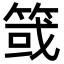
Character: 䈅